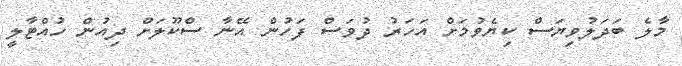
މާލެ ބަދަލުވިޔަސް ކިޔެވުމަށް އަހަރު ދުވަސް ފަހުން އޭނާ ސްކޫލަށް ދިއުން ހުއްޓާލީ